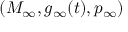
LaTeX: ( M _ { \infty } , g _ { \infty } ( t ) , p _ { \infty } )